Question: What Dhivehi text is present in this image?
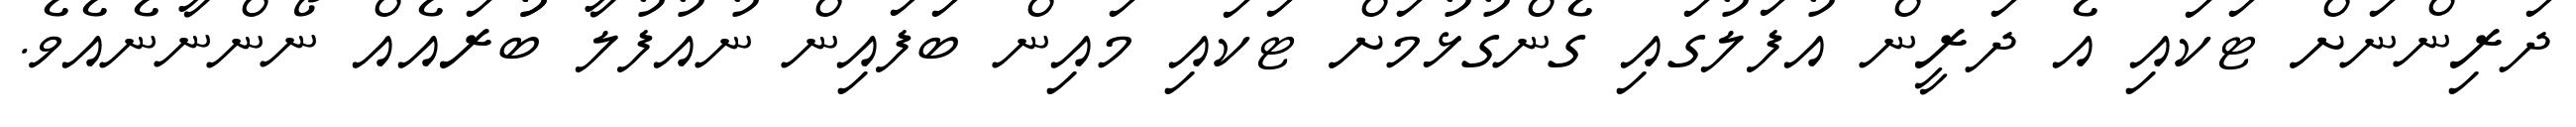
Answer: ދަރިންނަށް ޓަކައި އެ ދަރީން އުފަލުގައި ގެންގުޅުމަށް ޓަކައި މައިން ބަފައިން ނުއުފުލާ ބުުރައެއް ނޯންނާނެއެވެ.